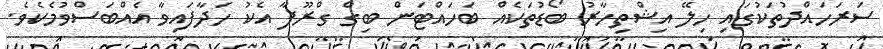
ސަރަހައްދުތަކުގައި ހިލޭ އިޝްތިހާރު ބޯޑުތަކެއް ބަހައްޓަން ބިގް ގްރޫޕާ އެކު ހަދާފައިވާ އެއްބަސްވުމެކެެވެ.